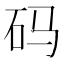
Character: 码